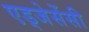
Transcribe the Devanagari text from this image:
एड्जेसेंसी